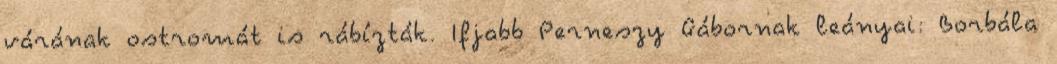
várának ostromát is rábízták. Ifjabb Perneszy Gábornak leányai: Borbála